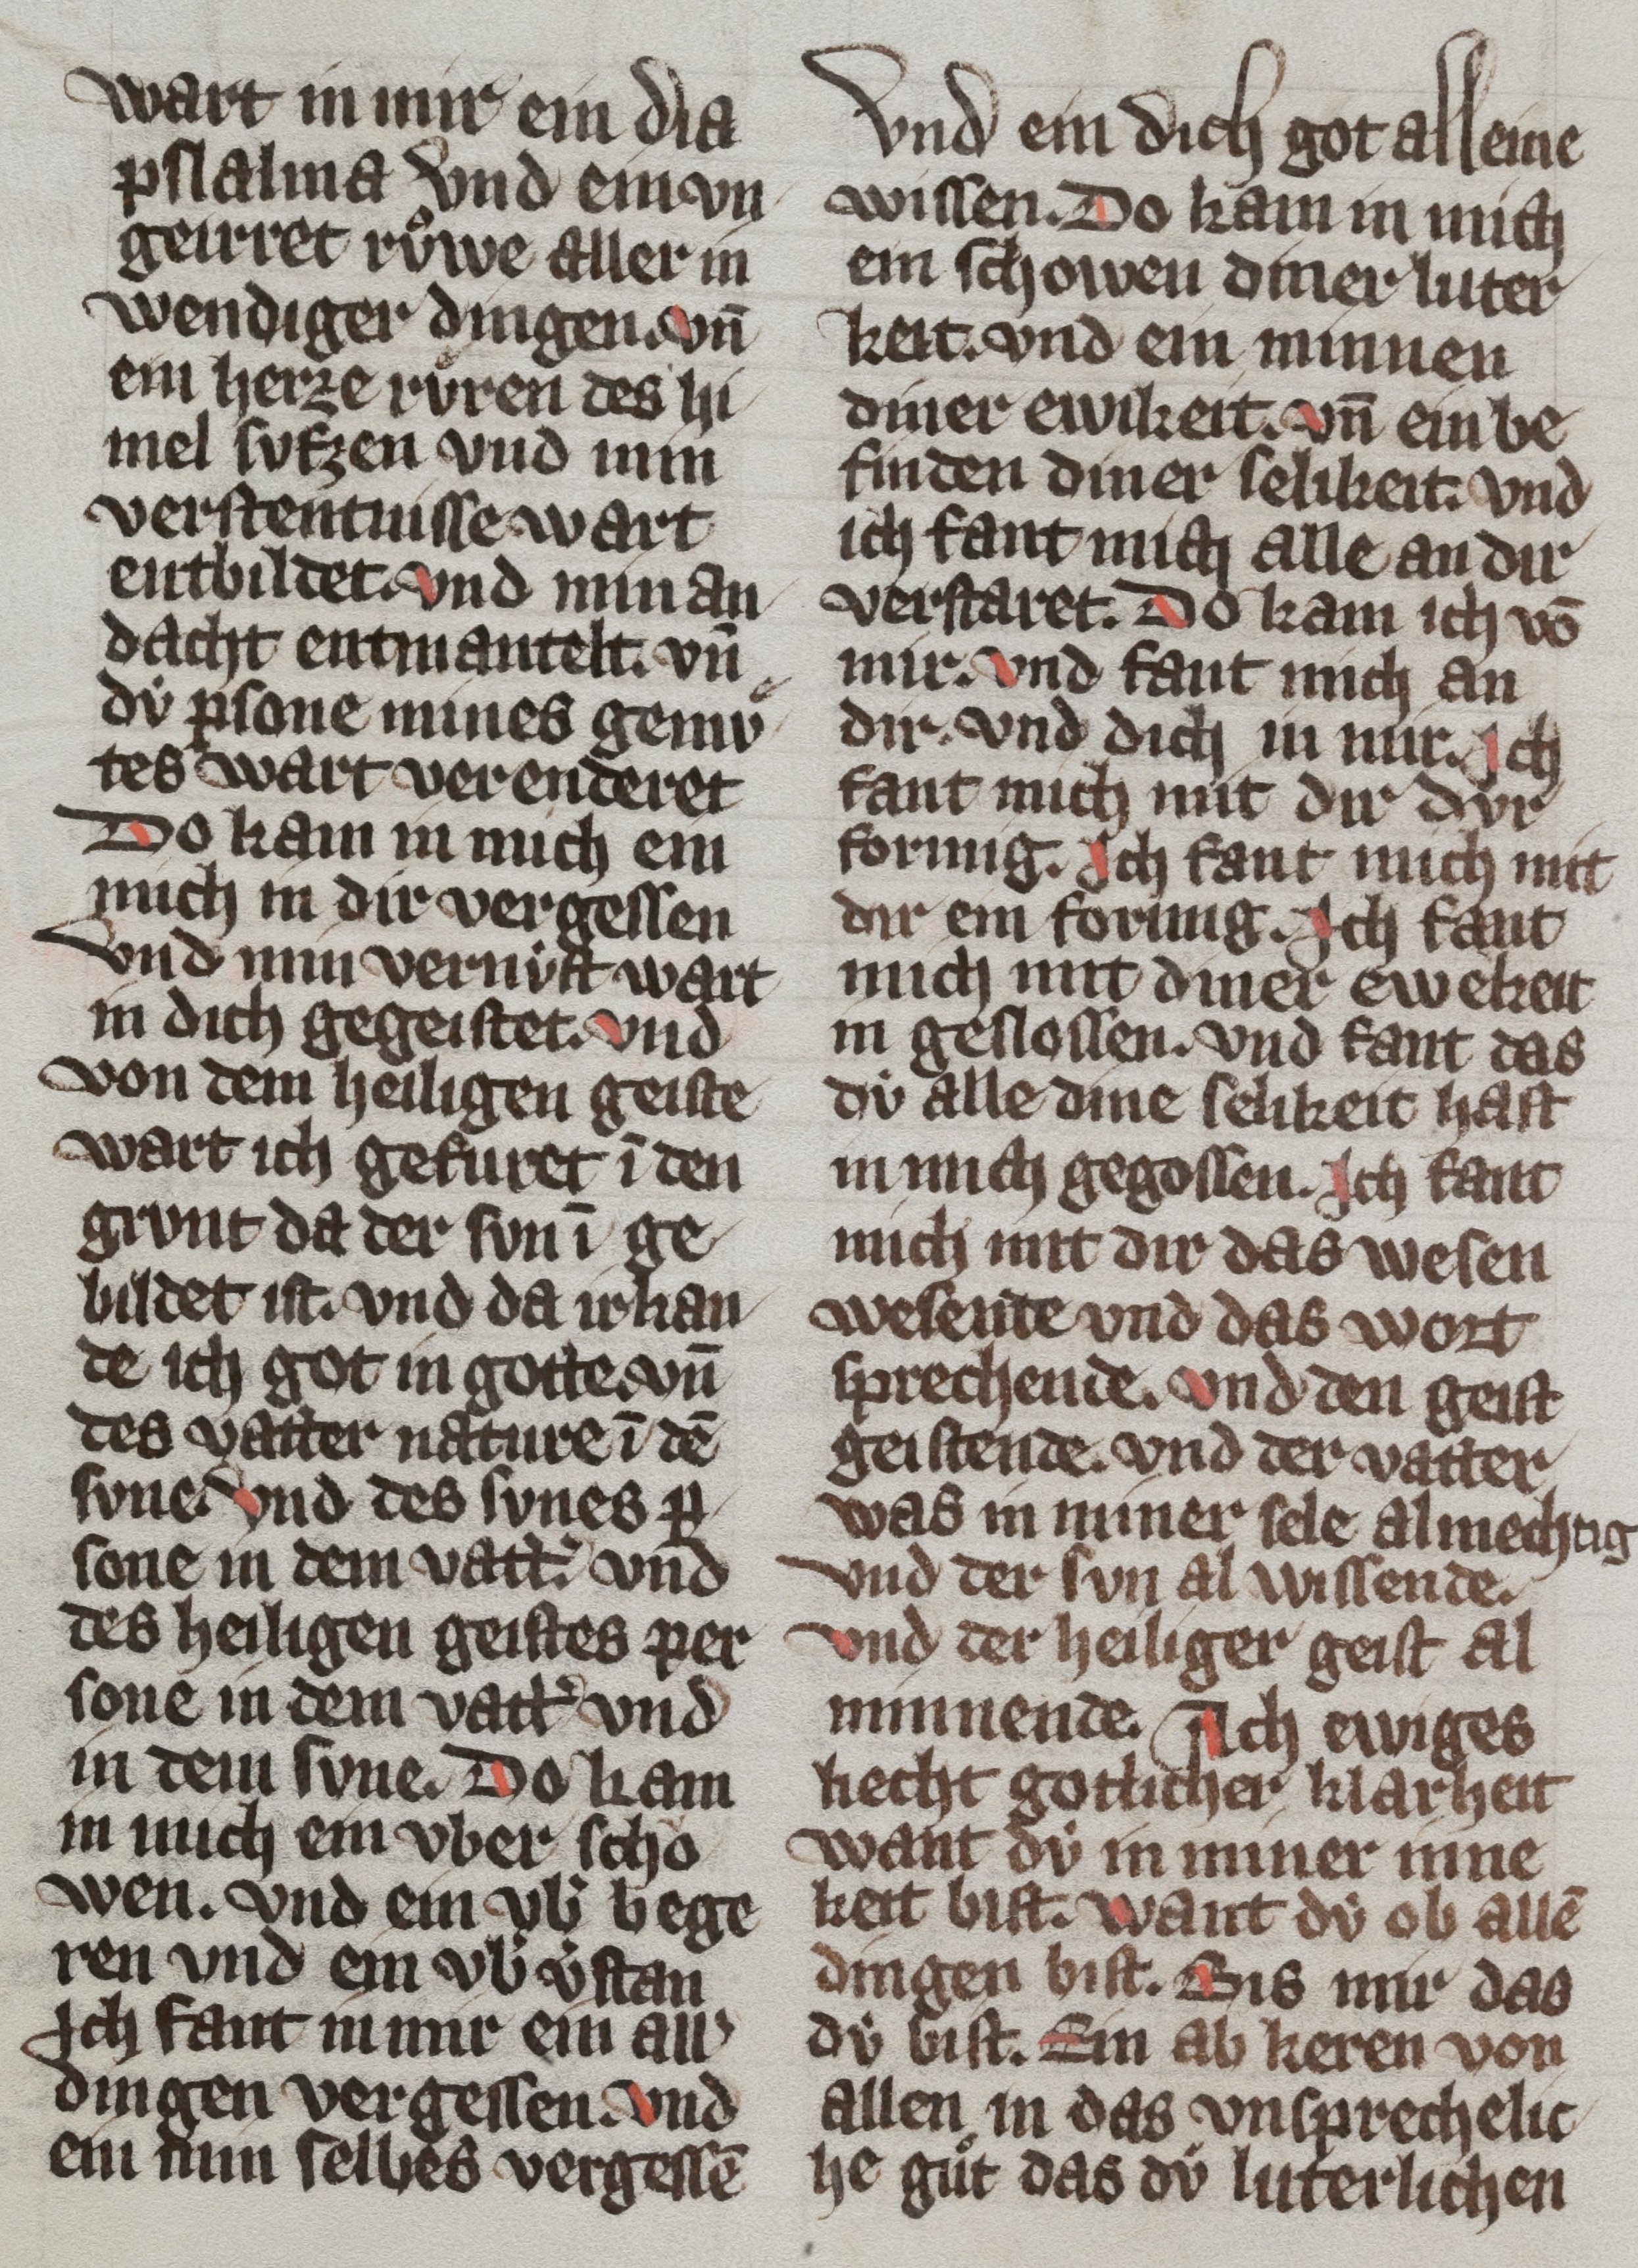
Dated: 1300–1399